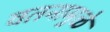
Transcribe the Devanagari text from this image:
वतनामुळे